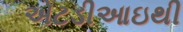
એટડીઆઇથી